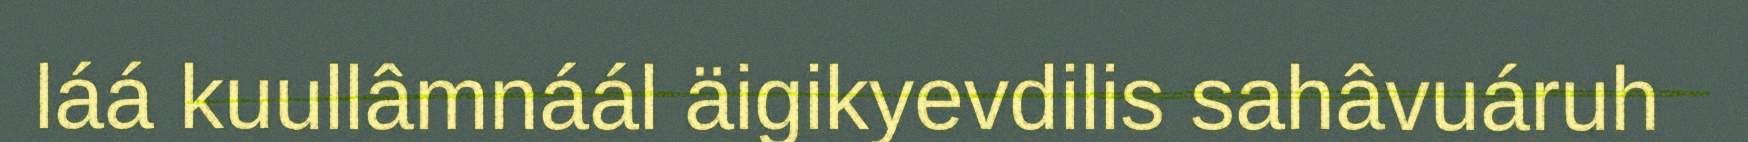
láá kuullâmnáál äigikyevdilis sahâvuáruh